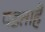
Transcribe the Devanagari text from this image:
पडताहै